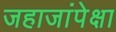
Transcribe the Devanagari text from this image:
जहाजांपेक्षा